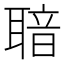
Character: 𦖢